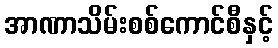
အာဏာသိမ်းစစ်ကောင်စီနှင့်